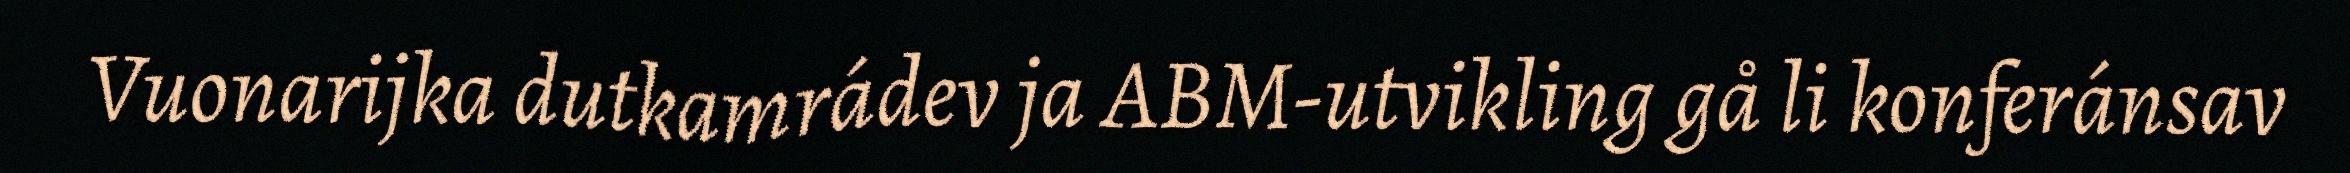
Vuonarijka dutkamrádev ja ABM-utvikling gå li konferánsav